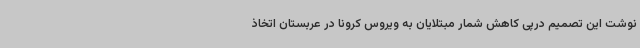
نوشت این تصمیم درپی کاهش شمار مبتلایان به ویروس کرونا در عربستان اتخاذ